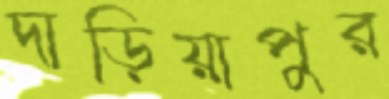
দাড়িয়াপুর